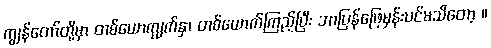
ကျွန်တော်တို့မှာ တစ်ယောက္မျက်နှာ တစ်ယောက်ကြည့်ပြီး ဘာပြန်ဖြေမှန်းပင်မသိတော့ ။